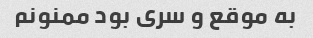
به موقع و سری بود ممنونم